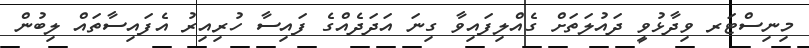
މިނިސްޓަރ ވިދާޅުވީ ދައުލަތަށް ގެއްލިފައިވާ ގިނަ އަދަދެއްގެ ފައިސާ ހުރިއިރު އެފައިސާތައް ލިބުން